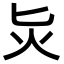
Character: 𭴁